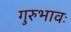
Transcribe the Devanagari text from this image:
गुरुभावः